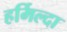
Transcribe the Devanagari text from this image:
हर्मिल्दा